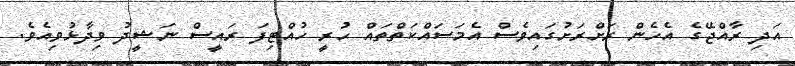
އަދި ރާއްޖޭގެ އެހެން ރަށްރަށުގައިވެސް އެމަސައްކަތްތައް ހުރީ ހުއްޓިފަ ރައީސް ނަޝީދު ވިދާޅުވިއެވެ.